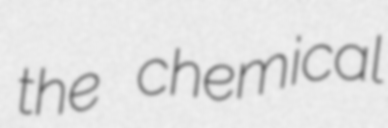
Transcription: the chemical